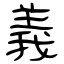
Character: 義